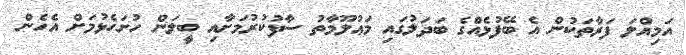
އަމިއްލަ ފަރާތަކުން އެ ބޭފުޅެއްގެ ބަދަލުގައި މަޢުލޫމާތު ސާފުކުރުމަށާއި ބީލަން ހުށަހެޅުމަށް އެހެން